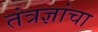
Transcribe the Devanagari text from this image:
तंत्रज्ञांचा